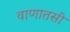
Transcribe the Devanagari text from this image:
वाणातसी